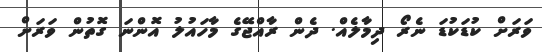
ވަރަށް ކުޑަކުޑަ ނެރޯ ދިމާލެއް. ދެން ރާއްޖޭގެ މާހައުލު އޮންނަ ގޮތުން ވަރަށް